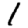
Digit: 1